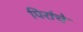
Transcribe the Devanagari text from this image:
पिरांचे